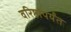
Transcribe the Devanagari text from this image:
वरिष्ठांपर्यंत